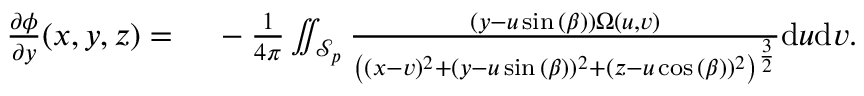
\begin{array} { r l } { \frac { \partial \phi } { \partial y } ( x , y , z ) = { } } & { { } - \frac { 1 } { 4 \pi } \iint _ { \mathcal { S } _ { p } } \frac { ( y - u \sin { ( \beta ) } ) \Omega ( u , v ) } { \left( ( x - v ) ^ { 2 } + ( y - u \sin { ( \beta ) } ) ^ { 2 } + ( z - u \cos { ( \beta ) } ) ^ { 2 } \right) ^ { \frac { 3 } { 2 } } } \mathrm { d } u \mathrm { d } v . } \end{array}